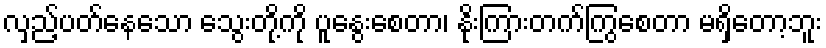
လှည့်ပတ်နေသော သွေးတို့ကို ပူနွေးစေတာ၊ နိုးကြားတက်ကြွစေတာ မရှိတော့ဘူး